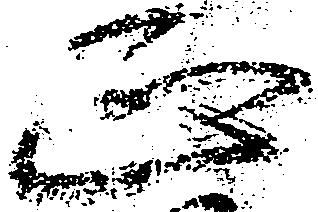
正